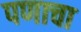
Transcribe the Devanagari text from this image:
पणाचा